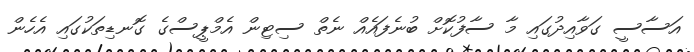
އަސާސީ ގަވާއިދުގައި މާ ސާފުކޮށް ބުނެފައެއް ނެތް ސިޓިން އެމްޕީސްގެ ގޮނޑިތަކުގައި އެހެން